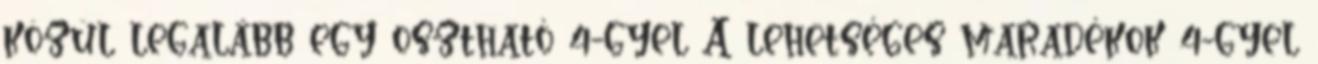
közül legalább egy osztható 4-gyel A lehetséges maradékok 4-gyel